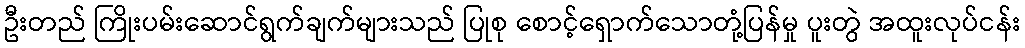
ဦးတည် ကြိုးပမ်းဆောင်ရွက်ချက်များသည် ပြုစု စောင့်ရှောက်သောတုံ့ပြန်မှု ပူးတွဲ အထူးလုပ်ငန်း